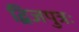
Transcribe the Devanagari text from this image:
द्विजपुत्रः